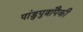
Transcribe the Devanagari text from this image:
पांडुपुत्रांपैकी